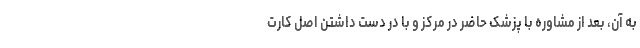
به آن، بعد از مشاوره با پزشک حاضر در مرکز و با در دست داشتن اصل کارت